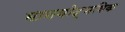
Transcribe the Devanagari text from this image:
मानवोद्भविक